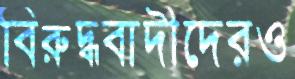
বিরুদ্ধবাদীদেরও